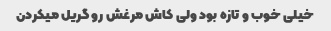
خیلی خوب و تازه بود ولى کاش مرغش رو گریل میکردن